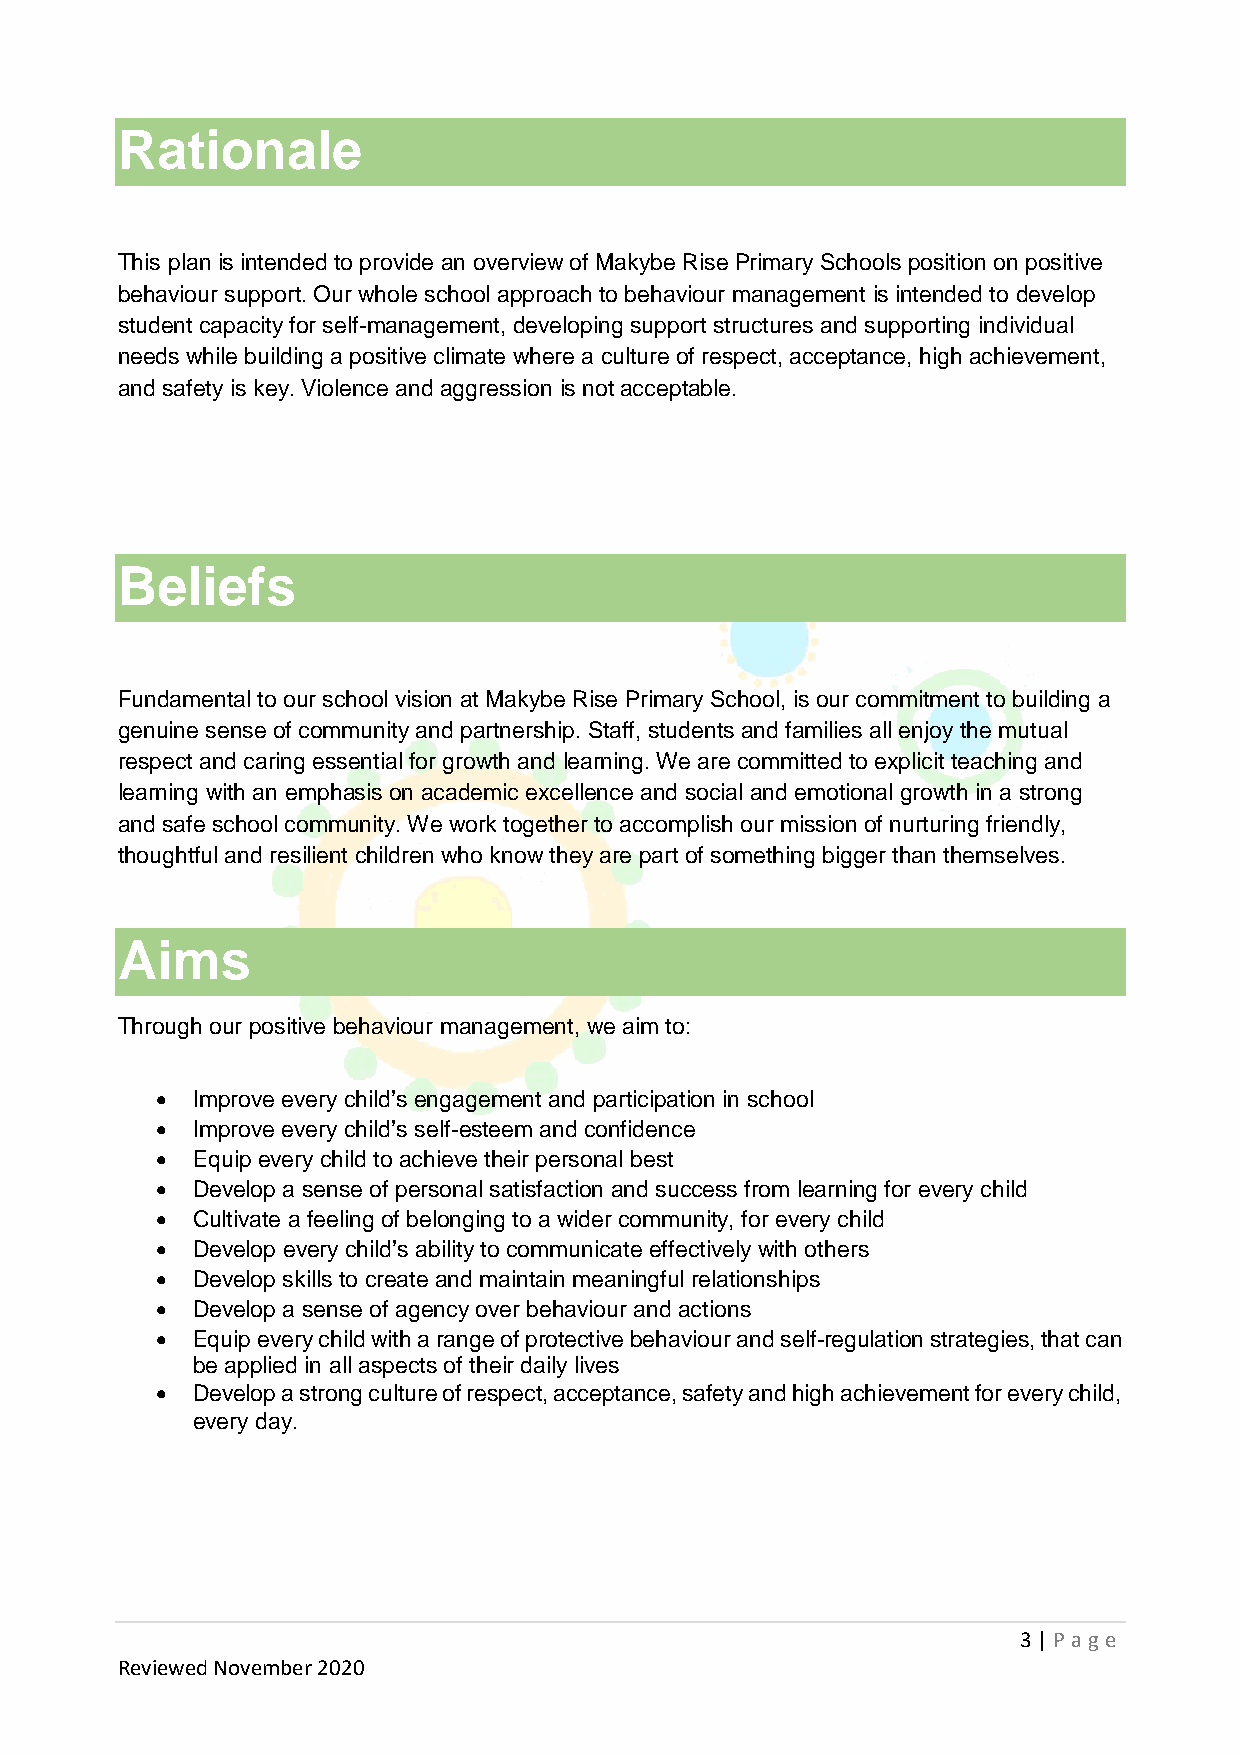
Rationale
 This plan is intended to provide an overview of Makybe Rise Primary Schools position on positive
 behaviour support. Our whole school approach to behaviour management is intended to develop
 student capacity for self-management, developing support structures and supporting individual
 needs while building a positive climate where a culture of respect, acceptance, high achievement,
 and safety is key. Violence and aggression is not acceptable.
 Beliefs
 Fundamental to our school vision at Makybe Rise Primary School, is our commitment to building a
 genuine sense of community and partnership. Staff, students and families all enjoy the mutual
 respect and caring essential for growth and learning. We are committed to explicit teaching and
 learning with an emphasis on academic excellence and social and emotional growth in a strong
 and safe school community. We work together to accomplish our mission of nurturing friendly,
 thoughtful and resilient children who know they are part of something bigger than themselves.
 Aims
 Through our positive behaviour management, we aim to:
 •  Improve every child’s engagement and participation in school
 •  Improve every child’s self-esteem and confidence
 •  Equip every child to achieve their personal best
 •  Develop a sense of personal satisfaction and success from learning for every child
 •  Cultivate a feeling of belonging to a wider community, for every child
 •  Develop every child’s ability to communicate effectively with others
 •  Develop skills to create and maintain meaningful relationships
 •  Develop a sense of agency over behaviour and actions
 •  Equip every child with a range of protective behaviour and self-regulation strategies, that can
 be applied in all aspects of their daily lives
 •  Develop a strong culture of respect, acceptance, safety and high achievement for every child,
 every day.
 3 | P age
 Reviewed November 2020